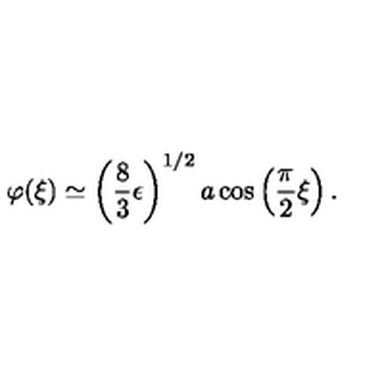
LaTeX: \varphi ( \xi ) \simeq \left( \frac { 8 } { 3 } \epsilon \right) ^ { 1 / 2 } a \cos \left( \frac { \pi } { 2 } \xi \right) .